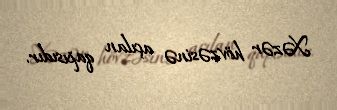
Xəzər hövzəsinə açılan qapısıdır.